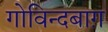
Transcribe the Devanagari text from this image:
गोविन्दबाग़